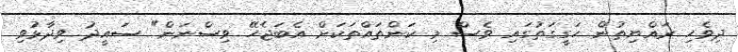
ދިވެހި ރައްޔިތުން ހަގީގަތުގައި ވެސް މި ކަންތައްތަކަށް އެބަޖެހޭ ވިސްނަން" ސައީދު ވިދާޅުވި